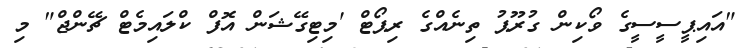
"އައިޕީސީސީގެ ވޯކިން ގުރޫޕު ތިނެއްގެ ރިޕޯޓް 'މިޓިގޭޝަން އޮފް ކްލައިމެޓް ޗޭންޖް" މި